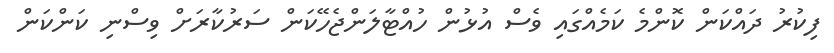
ފިކުރު ދައްކަން ކޮންމެ ކަމެއްގައި ވެސް އުޅުން ހުއްޓާލަންޖެހޭކަން ސަރުކާރަށް ވިސްނި ކަންކަން